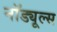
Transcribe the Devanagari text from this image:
नॉड्यूल्स